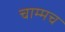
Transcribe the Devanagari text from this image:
चाम्मच